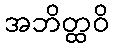
အဘိတ္ထဝိ